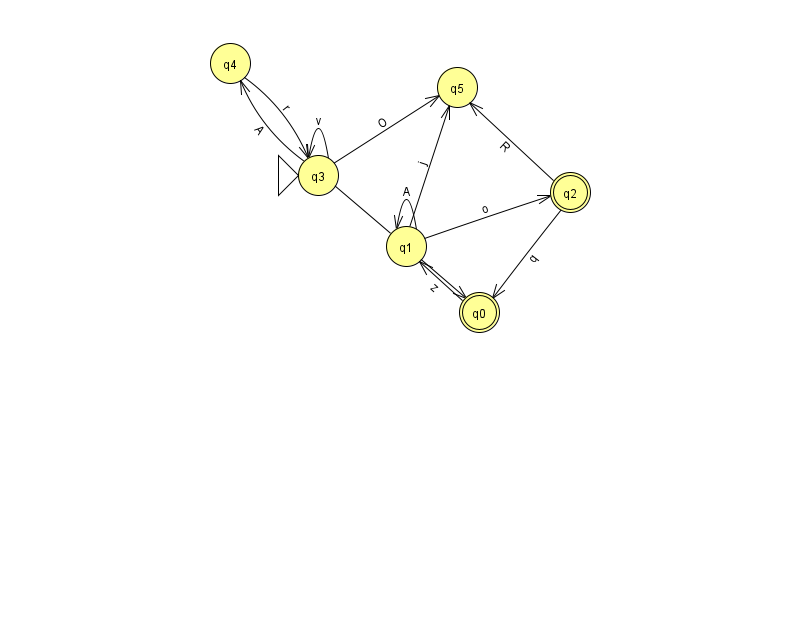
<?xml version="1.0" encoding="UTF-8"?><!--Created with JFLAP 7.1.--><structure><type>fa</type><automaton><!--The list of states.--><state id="0" name="q0"><x>479.0</x><y>299.0</y><final/></state><state id="1" name="q1"><x>406.0</x><y>233.0</y></state><state id="2" name="q2"><x>570.0</x><y>179.0</y><final/></state><state id="3" name="q3"><x>318.0</x><y>162.0</y><initial/></state><state id="4" name="q4"><x>230.0</x><y>50.0</y></state><state id="5" name="q5"><x>457.0</x><y>74.0</y></state><!--The list of transitions.--><transition><from>1</from><to>1</to><read>A</read></transition><transition><from>3</from><to>0</to><read>u</read></transition><transition><from>0</from><to>1</to><read>z</read></transition><transition><from>1</from><to>5</to><read>j</read></transition><transition><from>3</from><to>3</to><read>v</read></transition><transition><from>3</from><to>5</to><read>O</read></transition><transition><from>1</from><to>2</to><read>o</read></transition><transition><from>4</from><to>3</to><read>r</read></transition><transition><from>2</from><to>5</to><read>R</read></transition><transition><from>2</from><to>0</to><read>q</read></transition><transition><from>3</from><to>4</to><read>A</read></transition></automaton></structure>